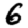
Digit: 6